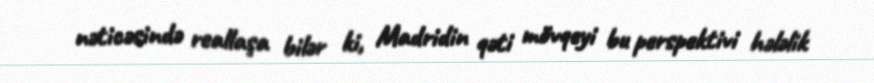
nəticəsində reallaşa bilər ki, Madridin qəti mövqeyi bu perspektivi hələlik